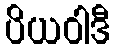
ပိယဝါဒီ